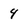
Character: 4